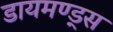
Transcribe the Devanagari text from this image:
डायमण्ड्स